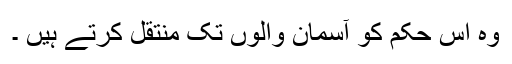
وہ اس حکم کو آسمان والوں تک منتقل کرتے ہیں ۔